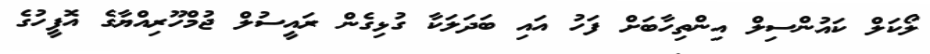
ލޯކަލް ކައުންސިލް އިންތިހާބަށް ފަހު އައި ބަދަލަކާ ގުޅިގެން ރައީސުލް ޖުމްހޫރިއްޔާގެ އޮފީހުގެ